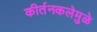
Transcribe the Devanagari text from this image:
कीर्तनकलेमुळे